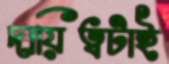
দায়িত্বটাই